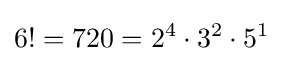
6!=720=2^{4}\cdot 3^{2}\cdot 5^{1}